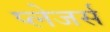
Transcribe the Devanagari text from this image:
प्लेजर्स